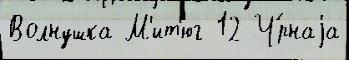
Волнушка М'ит'юг 12 Ч́рнаjа